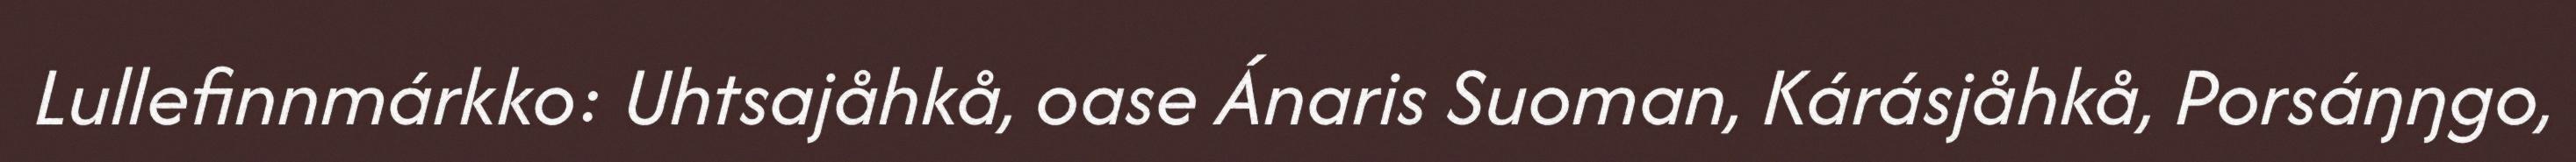
Lullefinnmárkko: Uhtsajåhkå, oase Ánaris Suoman, Kárásjåhkå, Porsáŋŋgo,